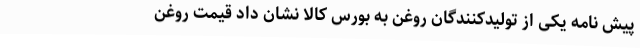
پیش نامه یکی از تولیدکنندگان روغن به بورس کالا نشان داد قیمت روغن